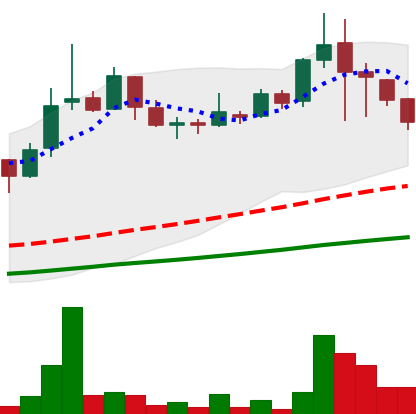
Ticker: LINK-USD
Chart end date: 2018-11-17
Forward return: -29.304%
Label: down_7plus